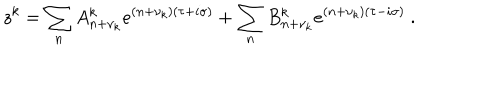
z ^ { k } = \sum _ { n } A _ { n + \nu _ { k } } ^ { k } e ^ { ( n + \nu _ { k } ) ( \tau + i \sigma ) } + \sum _ { n } B _ { n + \nu _ { k } } ^ { k } e ^ { ( n + \nu _ { k } ) ( \tau - i \sigma ) } \ .